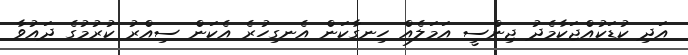
އަދި ކުޑަކުއްޖަކާމެދު ޖިންސީ އަމަލެއް ހިނގާކަން އެނގިހުރެ އެކަން ސިއްރު ކުރުމުގެ ދައުވާ